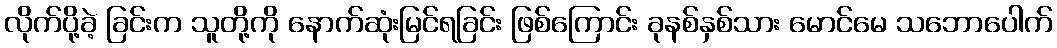
လိုက်ပို့ခဲ့ ခြင်းက သူတို့ကို နောက်ဆုံးမြင်ရခြင်း ဖြစ်ကြောင်း ခုနစ်နှစ်သား မောင်မေ သဘောပေါက်